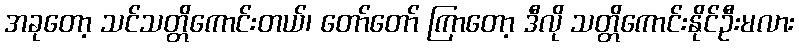
အခုတော့ သင်သတ္တိကောင်းတယ်၊ တော်တော် ကြာတော့ ဒီလို သတ္တိကောင်းနိုင်ဦးမလား